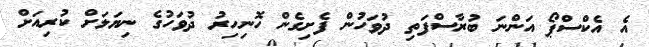
އެ އެކްސްޕޯ އަންނަ ބުރާސްފަތި ދުވަހުން ފެށިގެން ހޮނިހިރު ދުވަހުގެ ނިޔަލަށް ކުރިއަށް